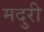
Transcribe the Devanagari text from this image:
मदुरी